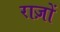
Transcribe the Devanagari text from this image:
राज़ों